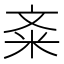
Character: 㪰